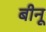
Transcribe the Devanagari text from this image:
बीनू